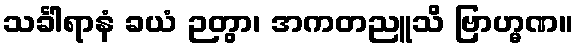
သင်္ခါရာနံ ခယံ ဉတွာ၊ အကတညူသိ ဗြာဟ္မဏ။